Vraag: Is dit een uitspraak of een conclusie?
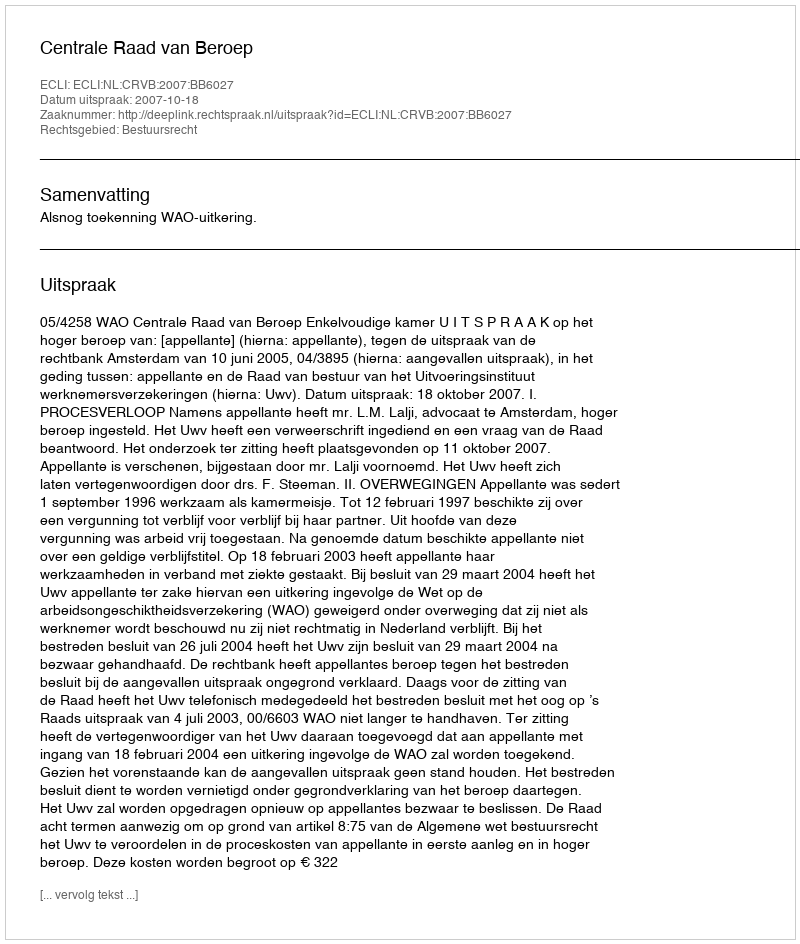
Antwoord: Uitspraak